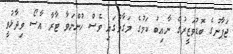
ޖަޕާނުގެ ބޮޑުވަޒީރުގެ ނާއިބު ކަމުގެ މަގާމުގައި ވެސް ހުންނަވާ ޓާރާ އާސޯ ވިދާޅުވީ